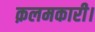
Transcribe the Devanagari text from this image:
क़लमकारी।